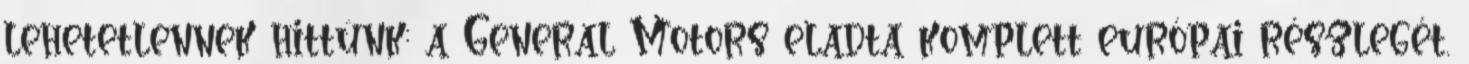
lehetetlennek hittünk: a General Motors eladta komplett európai részlegét.